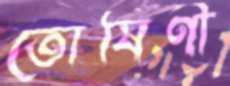
তোষিণী